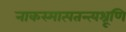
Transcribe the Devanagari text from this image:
नाकस्मात्पतन्त्यश्रूणि